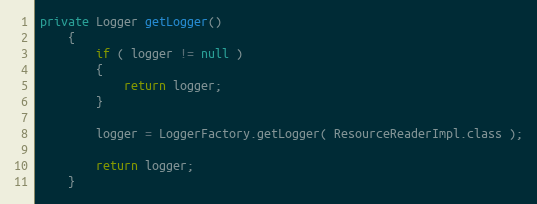
Language: Java
private Logger getLogger()
    {
        if ( logger != null )
        {
            return logger;
        }

        logger = LoggerFactory.getLogger( ResourceReaderImpl.class );

        return logger;
    }